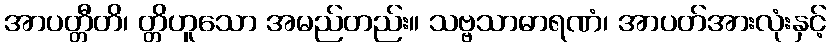
အာပတ္တီတိ၊ တ္တိဟူသော အမည်တည်း။ သဗ္ဗသာဓာရဏံ၊ အာပတ်အားလုံးနှင့်